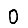
Digit: 0